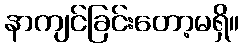
နာကျင်ခြင်းတော့မရှိ။